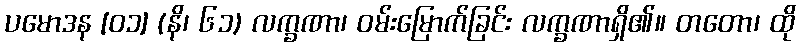
ပမောဒန [၀၁] (နိ၊ ၆၁) လက္ခဏာ၊ ဝမ်းမြောက်ခြင်း လက္ခဏာရှိ၏။ တတော၊ ထို